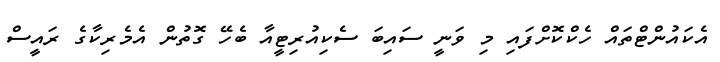
އެކައުންޓްތައް ހެކްކޮށްފައި މި ވަނީ ސައިބަ ސެކިއުރިޓީއާ ބެހޭ ގޮތުން އެމެރިކާގެ ރައީސް